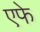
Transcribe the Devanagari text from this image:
एफे